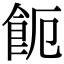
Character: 𩚚